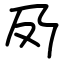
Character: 夃